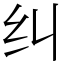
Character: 纠